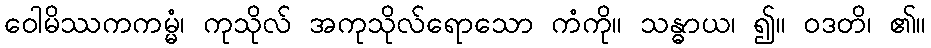
ဝေါမိဿကကမ္မံ၊ ကုသိုလ် အကုသိုလ်ရောသော ကံကို။ သန္ဓာယ၊ ၍။ ဝဒတိ၊ ၏။